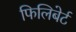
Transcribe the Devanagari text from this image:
फिलिबेर्ट